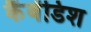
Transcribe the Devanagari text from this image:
कैंबेंडिश